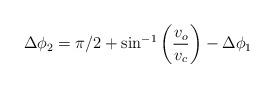
LaTeX: \begin{align*}\Delta \phi_2 = \pi/2 + \sin^{-1}\left(\frac{v_o}{v_c}\right) - \Delta \phi_1\end{align*}